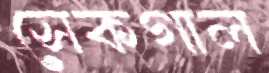
সেকগাল